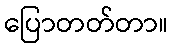
ပြောတတ်တာ။